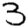
Digit: 3